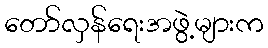
တော်လှန်ရေးအဖွဲ့များက